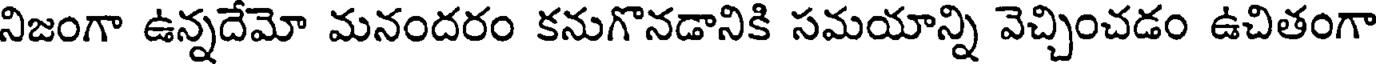
నిజంగా ఉన్నదేమో మనందరం కనుగొనడానికి సమయాన్ని వెచ్చించడం ఉచితంగా